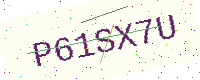
Text: P61SX7U